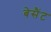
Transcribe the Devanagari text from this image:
बेसैंट